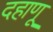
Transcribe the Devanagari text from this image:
दहाणू